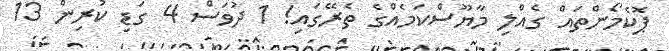
ޕޮކެމޯންތައް ގެއްލި މާޔޫސްކަމެއްގެ ތެރޭގައި! 1 ދުވަސް 4 ގަޑި ކުރިން 13